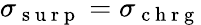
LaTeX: \sigma_{\mathrm{~s~u~r~p~}}=\sigma_{\mathrm{~c~h~r~g~}}